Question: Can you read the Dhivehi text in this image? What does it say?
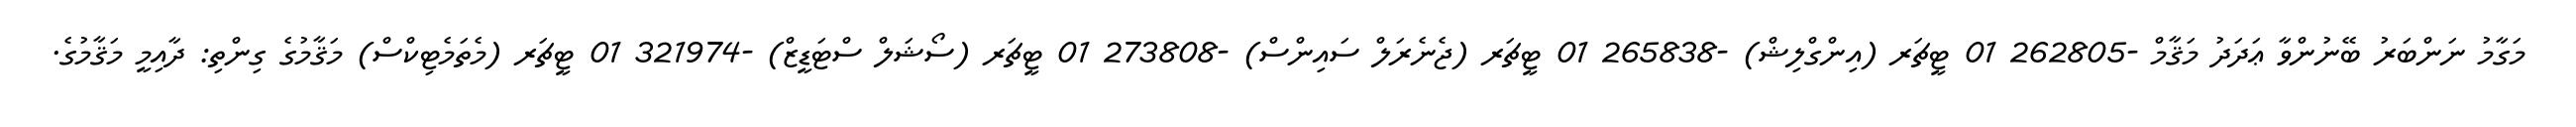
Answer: މަގާމު ނަންބަރު ބޭނުންވާ ޢަދަދު މަޤާމް -262805 01 ޓީޗަރ (އިންގްލިޝް) -265838 01 ޓީޗަރ (ޖެނެރަލް ސައިންސް) -273808 01 ޓީޗަރ (ސޯޝަލް ސްޓަޑީޒް) -321974 01 ޓީޗަރ (މެތަމެޓިކްސް) މަޤާމުގެ ގިންތި: ދާއިމީ މަޤާމުގެ.